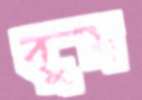
বুম